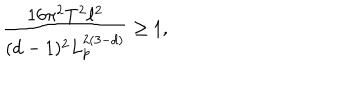
LaTeX: \frac { 1 6 \pi ^ { 2 } T ^ { 2 } \ell ^ { 2 } } { ( d - 1 ) ^ { 2 } L _ { p } ^ { 2 ( 3 - d ) } } \geq 1 ,